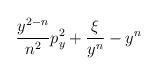
LaTeX: \begin{align*}\!\! \frac{y^{2-n}}{n^{2}} p_y^2 + \frac{\xi}{y^n} - y^n \!\!\end{align*}